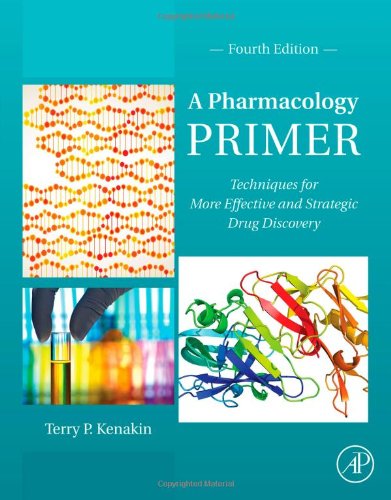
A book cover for A Pharmacology Primer, Fourth Edition: Techniques for More Effective and Strategic Drug Discovery; Terry Kenakin; Science & Math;